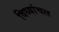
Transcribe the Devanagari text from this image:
विध्यांचल